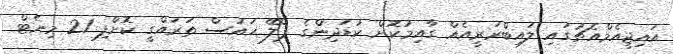
އައިޖީއެމްއެޗުގައި ލައިބްރަރީއެއް ގާއިމުކޮށް ކުޑަދިންގެ ޕްލޭ ހައުސް ތަރައްގީ ކޮށްފި 21 މިނެޓް